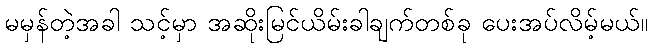
မမှန်တဲ့အခါ သင့်မှာ အဆိုးမြင်ယိမ်းခါချက်တစ်ခု ပေးအပ်လိမ့်မယ်။